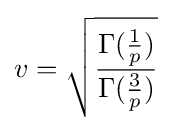
v={\sqrt {\frac {\Gamma ({\frac {1}{p}})}{\Gamma ({\frac {3}{p}})}}}